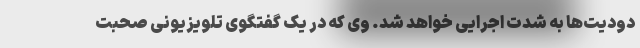
دودیت‌ها به شدت اجرایی خواهد شد. وی که در یک گفتگوی تلویزیونی صحبت